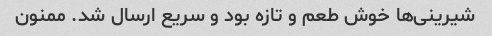
شیرینی‌ها خوش طعم و تازه بود و سریع ارسال شد. ممنون